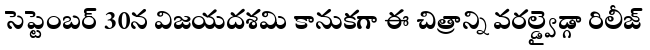
సెప్టెంబర్ 30న విజయదశమి కానుకగా ఈ చిత్రాన్ని వరల్డ్వైడ్గా రిలీజ్